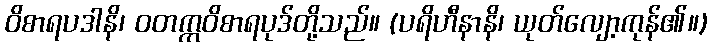
ဝိစာရပဒါနိ၊ ဝတက္ကဝိစာရပုဒ်တို့သည်။ (ပရိဟီနာနိ၊ ယုတ်လျော့ကုန်၏။)